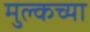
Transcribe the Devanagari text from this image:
मुल्कच्या